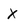
Character: x